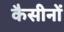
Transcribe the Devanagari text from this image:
कैसीनों